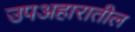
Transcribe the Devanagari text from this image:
उपअहारातील